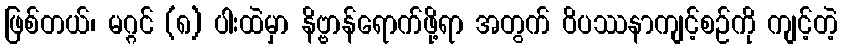
ဖြစ်တယ်၊ မဂ္ဂင် (၈) ပါးထဲမှာ နိဗ္ဗာန်ရောက်ဖို့ရာ အတွက် ဝိပဿနာကျင့်စဉ်ကို ကျင့်တဲ့